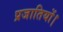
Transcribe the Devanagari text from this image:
प्रजातियों।